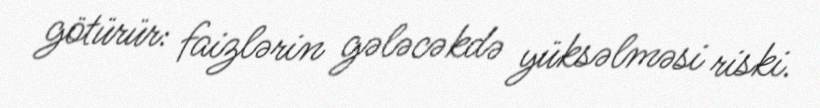
götürür: faizlərin gələcəkdə yüksəlməsi riski.